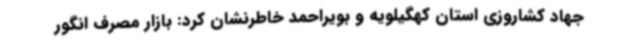
جهاد کشاروزی استان کهگیلویه و بویراحمد خاطرنشان کرد: بازار مصرف انگور